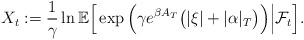
LaTeX: \begin{align*}X_t: = \frac{1}{\gamma}\ln \mathbb{E}\Big[ \exp \Big(\gamma e^{\beta A_T}\big( |\xi| + |\alpha|_T\big ) \Big)\Big| \mathcal{F}_t \Big].\end{align*}